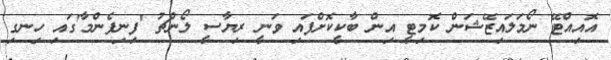
އޮއިއްޓޭ ނޯމަލައިޒޭޝަން ކޮމިޓީ އިން ބާކީކޮށްފައި ވަނީ ރިޔާސީ ލޯންޗު 'ފިނިފެންމާ'ގައި ހިނގި